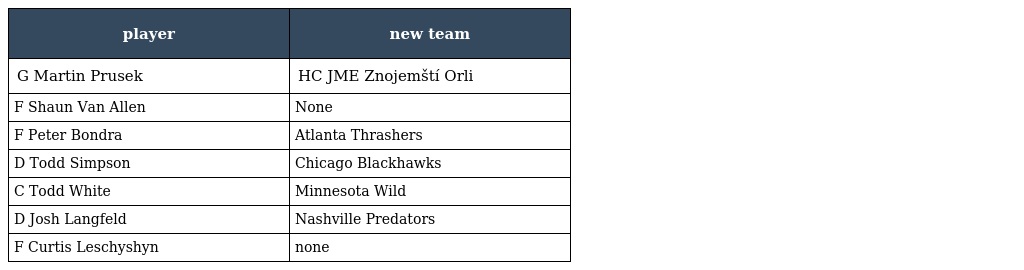
| player | new team |
 | --- | --- |
 | G Martin Prusek | HC JME Znojemští Orli |
 | F Shaun Van Allen | None |
 | F Peter Bondra | Atlanta Thrashers |
 | D Todd Simpson | Chicago Blackhawks |
 | C Todd White | Minnesota Wild |
 | D Josh Langfeld | Nashville Predators |
 | F Curtis Leschyshyn | none |